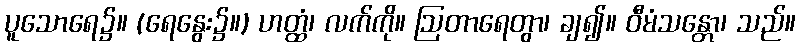
ပူသောရေ၌။ (ရေနွေး၌။) ဟတ္ထံ၊ လက်ကို။ ဩတာရေတွာ၊ ချ၍။ ဝီမံသန္တော၊ သည်။